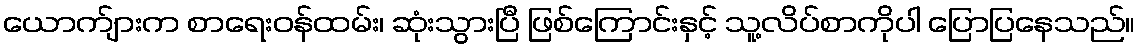
ယောက်ျားက စာရေးဝန်ထမ်း၊ ဆုံးသွားပြီ ဖြစ်ကြောင်းနှင့် သူ့လိပ်စာကိုပါ ပြောပြနေသည်။